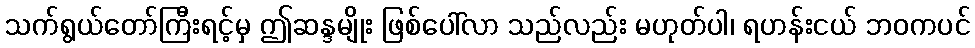
သက်ရွယ်တော်ကြီးရင့်မှ ဤဆန္ဒမျိုး ဖြစ်ပေါ်လာ သည်လည်း မဟုတ်ပါ၊ ရဟန်းငယ် ဘဝကပင်